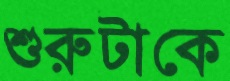
শুরুটাকে